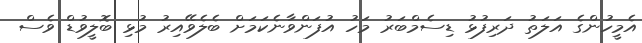
އެމީހުންގެ އަލަތު ދަރިފުޅު ޑިސެމްބަރު މަހު އުފަންވާނެކަމަށް ބެލެވޭއިރު މުޅި ބޮލީވުޑް ވެސް